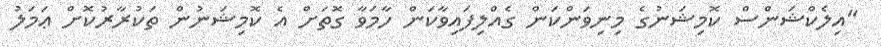
"އިލެކްޝަންސް ކޮމިޝަނުގެ މިނިވަންކަން ގެއްލިފައިވާކަން ހާމަވާ ގޮތަށް އެ ކޮމިޝަނުން ތަކުރާރުކޮށް ޢަމަލު